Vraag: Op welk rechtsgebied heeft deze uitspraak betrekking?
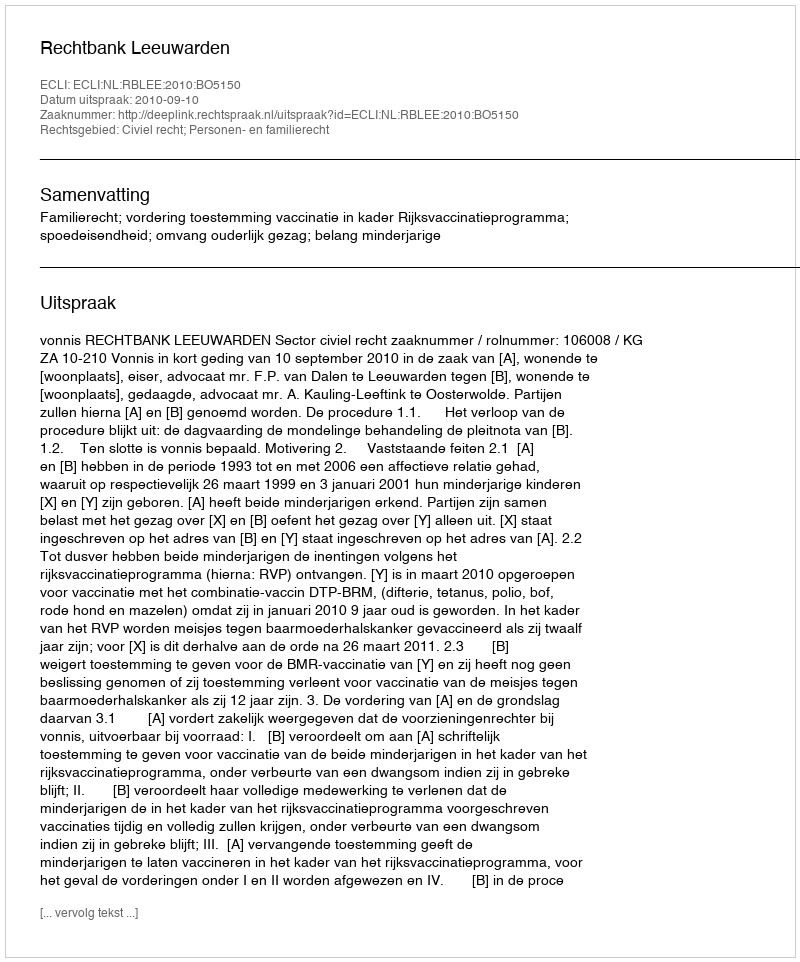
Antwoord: Civiel recht; Personen- en familierecht